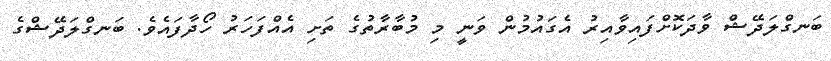
ބަނގްލަދޭޝް ވާދަކޮށްފައިވާއިރު އެގައުމުން ވަނީ މި މުބާރާތުގެ ތަށި އެއްފަހަރު ހޯދާފައެވެ. ބަނގްލަދޭޝްގެ